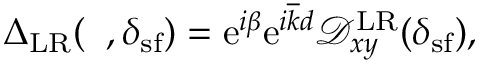
\begin{array} { r } { { \Delta } _ { \mathrm { L R } } ( { \it \Delta \phi } , \delta _ { \mathrm { s f } } ) = \mathrm { e } ^ { i \beta } \mathrm { e } ^ { i \overline { { k } } d } \mathcal { D } _ { x y } ^ { \mathrm { L R } } ( \delta _ { \mathrm { s f } } ) , } \end{array}